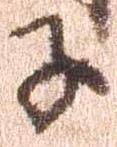
子